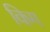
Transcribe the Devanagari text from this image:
किग